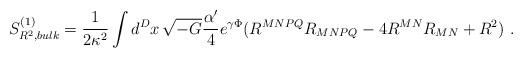
LaTeX: \begin{align*}S^{(1)}_{R^2,bulk} = \frac{1}{2 \kappa^2} \int d^{D}x \, \sqrt{-G}\frac{\alpha^{\prime}}{4} e^{\gamma \Phi} (R^{MNPQ} R_{MNPQ}- 4 R^{MN} R_{MN} + R^2)~.\end{align*}